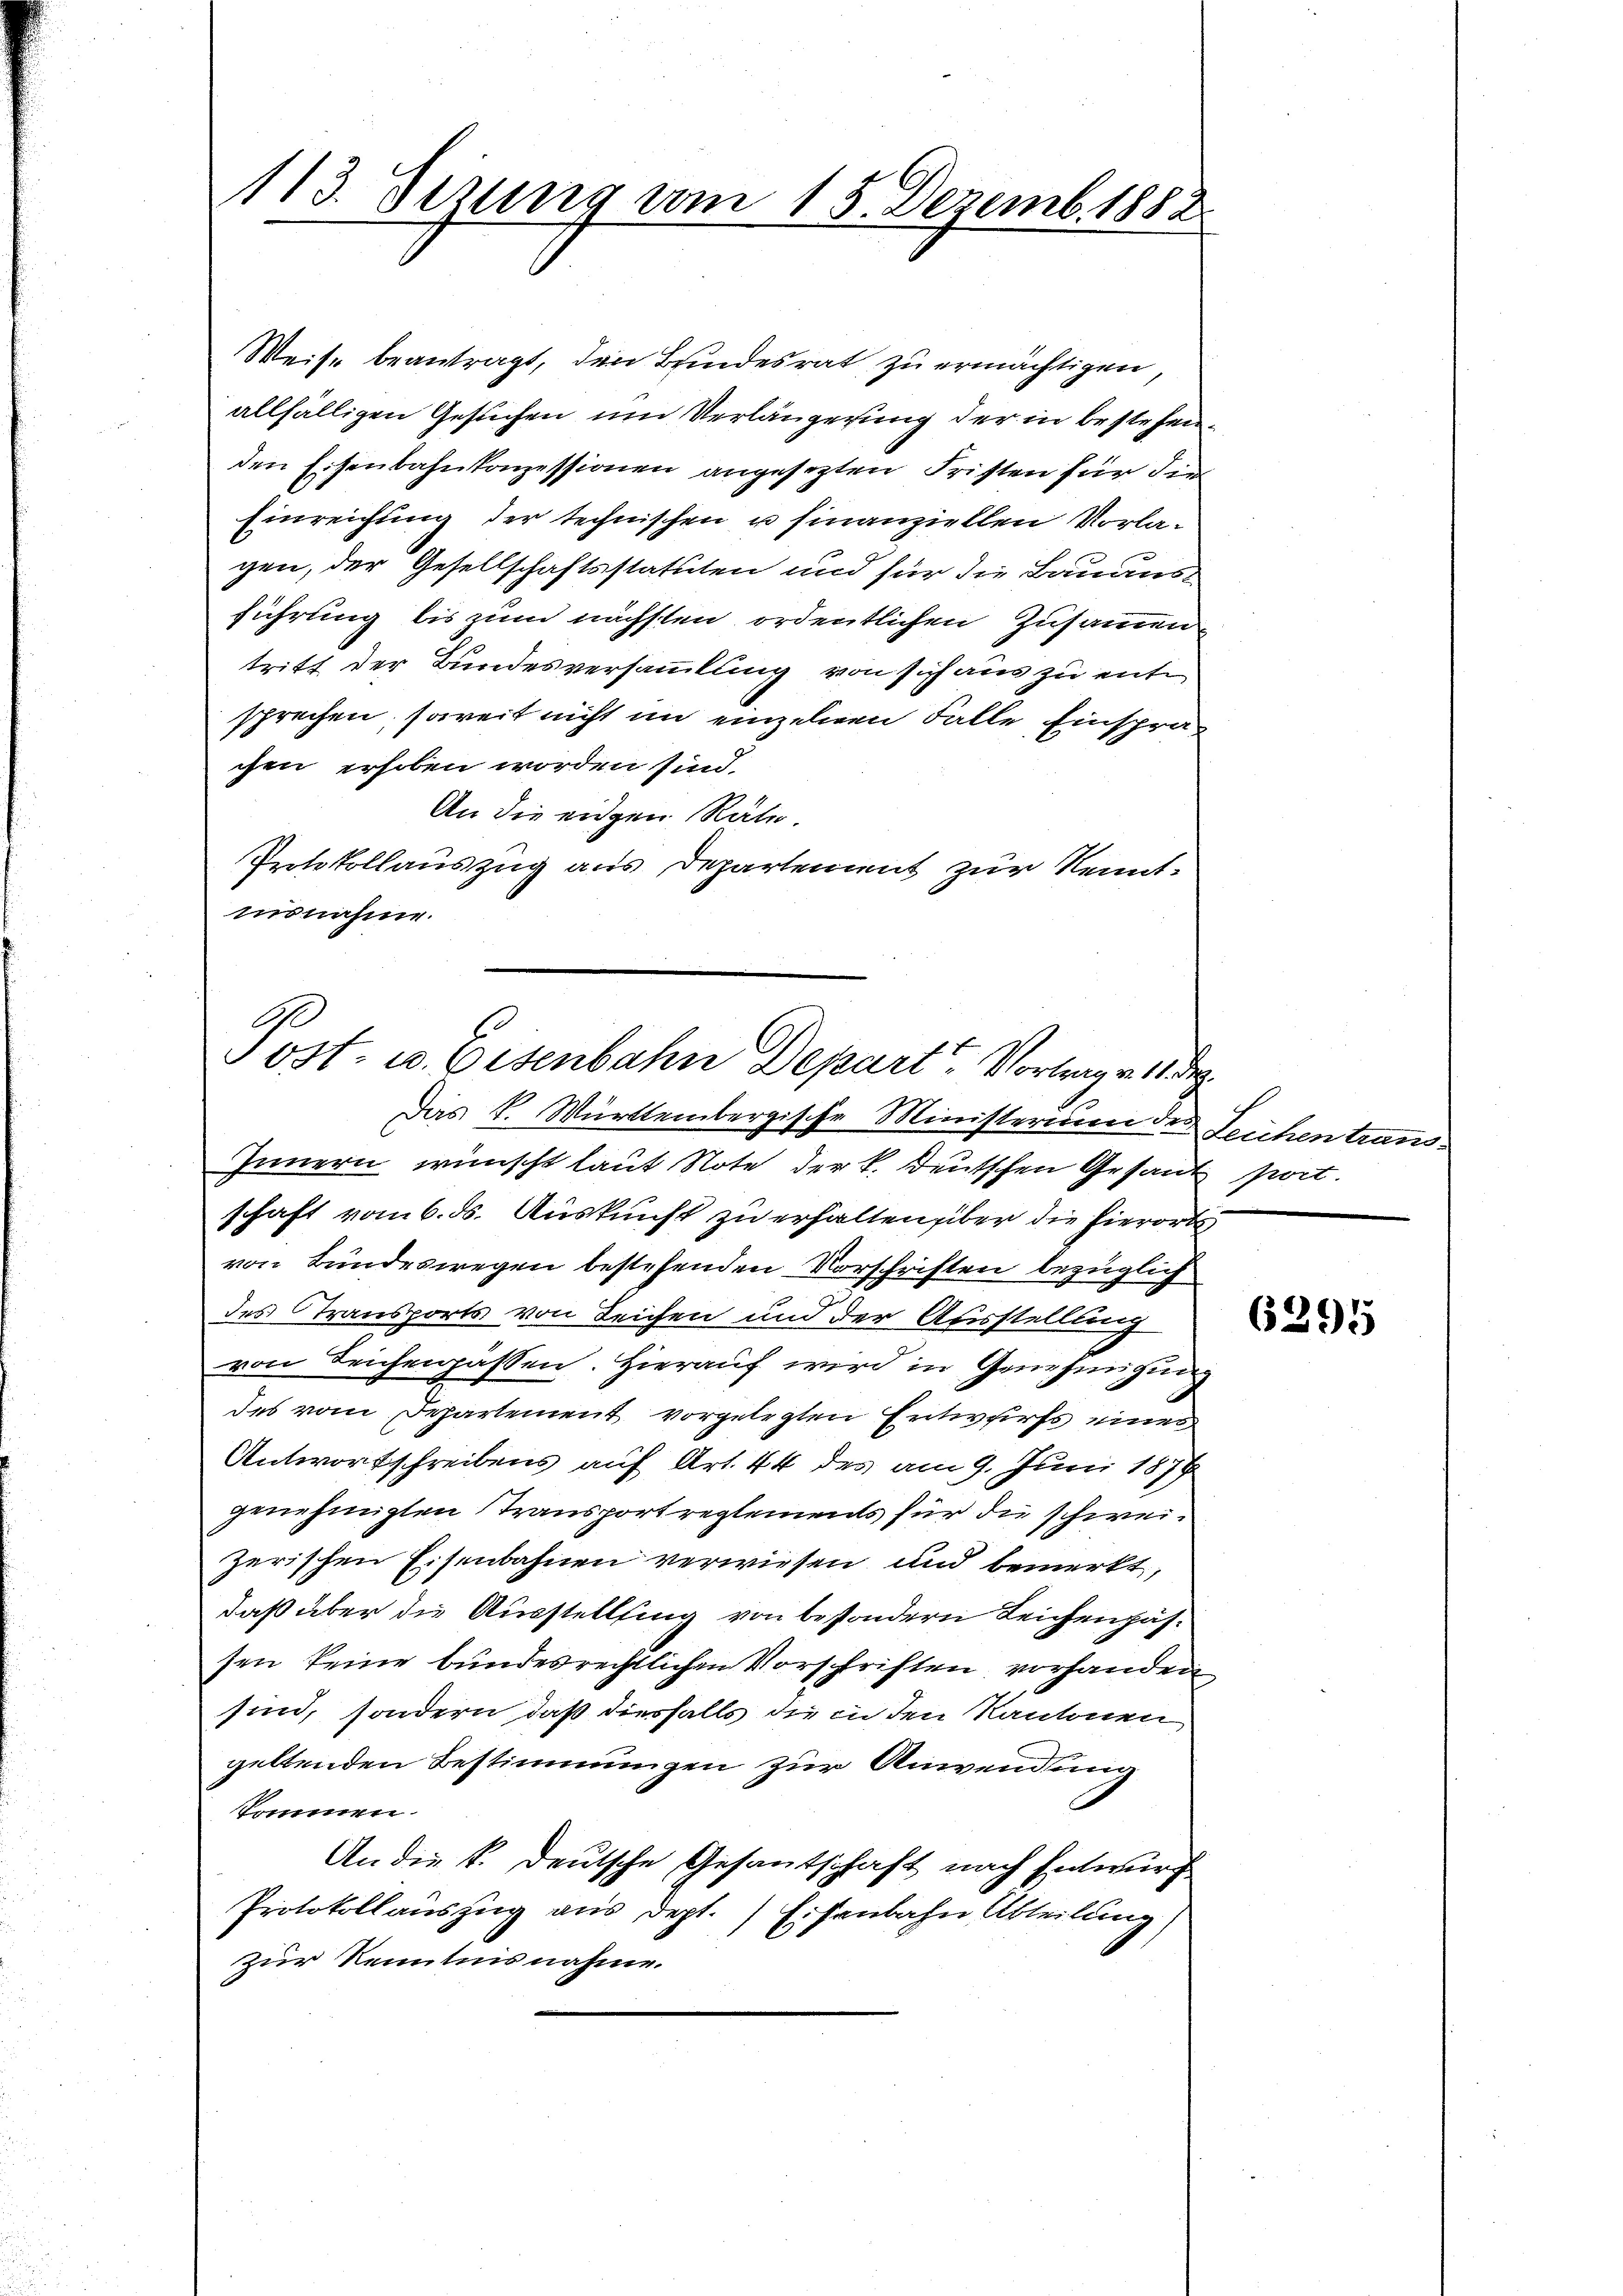
113. Jezung vom 15. Dezemb. 1882

Weise beantragt, den Bundesrat zu ermächtigen,
allfälligen Gesuchen um Verlängerung der in bestehenden Eisenbahnkonzessionen angesetzten Fristen für die
Einreichung der technischen u finanziellen Vorlagen, der Gesellschaftsstatuten und für die Bauaus
führung bis zum nächsten ordentlichen Zusammen
tritt der Bundesversammlung von sich aus zu entsprechen, soweit nicht im einzelnen Falle Einsprachen erhoben worden sind.
An die eidgen Räte.
Protokollauszug aus Departement zur Kenntmisnahme.

Post- u. Eisenbahn Depart Vortrage 11.

Das K. Württembergische Ministerium der Leichen trans¬
Innern wünscht laut Note der k. Deutschen Gesant port.
schaft vom 6. ds. Auskunft zu erhalten über die hierorts
von Bundeswegen bestehenden Vorschriften bezüglich
des Stransports von Leichen und der Ausstellung
von Teichenpassen. Hierauf wird in Genehmigung
des vom Departement vorgelegten Entwurfs eines
Antwortschreibens auf Art. 44 des am 9. Juni 1878
genehmigten Transport reglements für die schweizerischen Eisenbahnen verwiesen und bemerkt,
daß über die Ausstellung von besondern Leichenpässen keine bundesrechtlichen Vorschriften vorhanden
sind, sondern, daß diesfalls die in den Kantonen
geltenden Bestimmungen zur Anwendung
kommen.
An die k. deutsche Gesantschaft nach Entwurf
Protokollauszug aus dept. Eisenbahn Abteilung
zur Kenntnis nahme.

.

6295